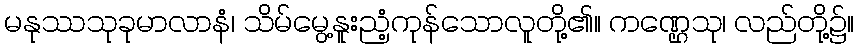
မနုဿသုခုမာလာနံ၊ သိမ်မွေ့နူးညံ့ကုန်သောလူတို့၏။ ကဏ္ဌေသု၊ လည်တို့၌။